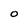
Character: O